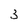
Character: 3